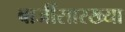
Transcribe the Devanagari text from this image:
बाजींसारख्या